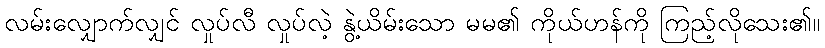
လမ်းလျှောက်လျှင် လှုပ်လီ လှုပ်လဲ့ နွဲ့ယိမ်းသော မမ၏ ကိုယ်ဟန်ကို ကြည့်လိုသေး၏။